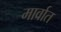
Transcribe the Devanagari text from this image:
मार्वात